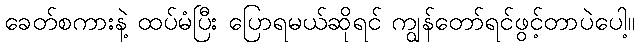
ခေတ်စကားနဲ့ ထပ်မံပြီး ပြောရမယ်ဆိုရင် ကျွန်တော်ရင်ဖွင့်တာပဲပေါ့။